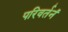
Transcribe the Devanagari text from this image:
परिवर्तनं